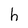
Character: h